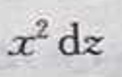
\[x^{2}\mathrm{d}z\]